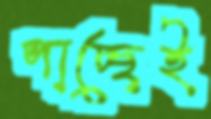
পাচ্ছেই